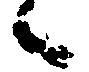
候